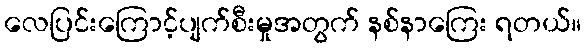
လေပြင်းကြောင့်ပျက်စီးမှုအတွက် နစ်နာကြေး ရတယ်။